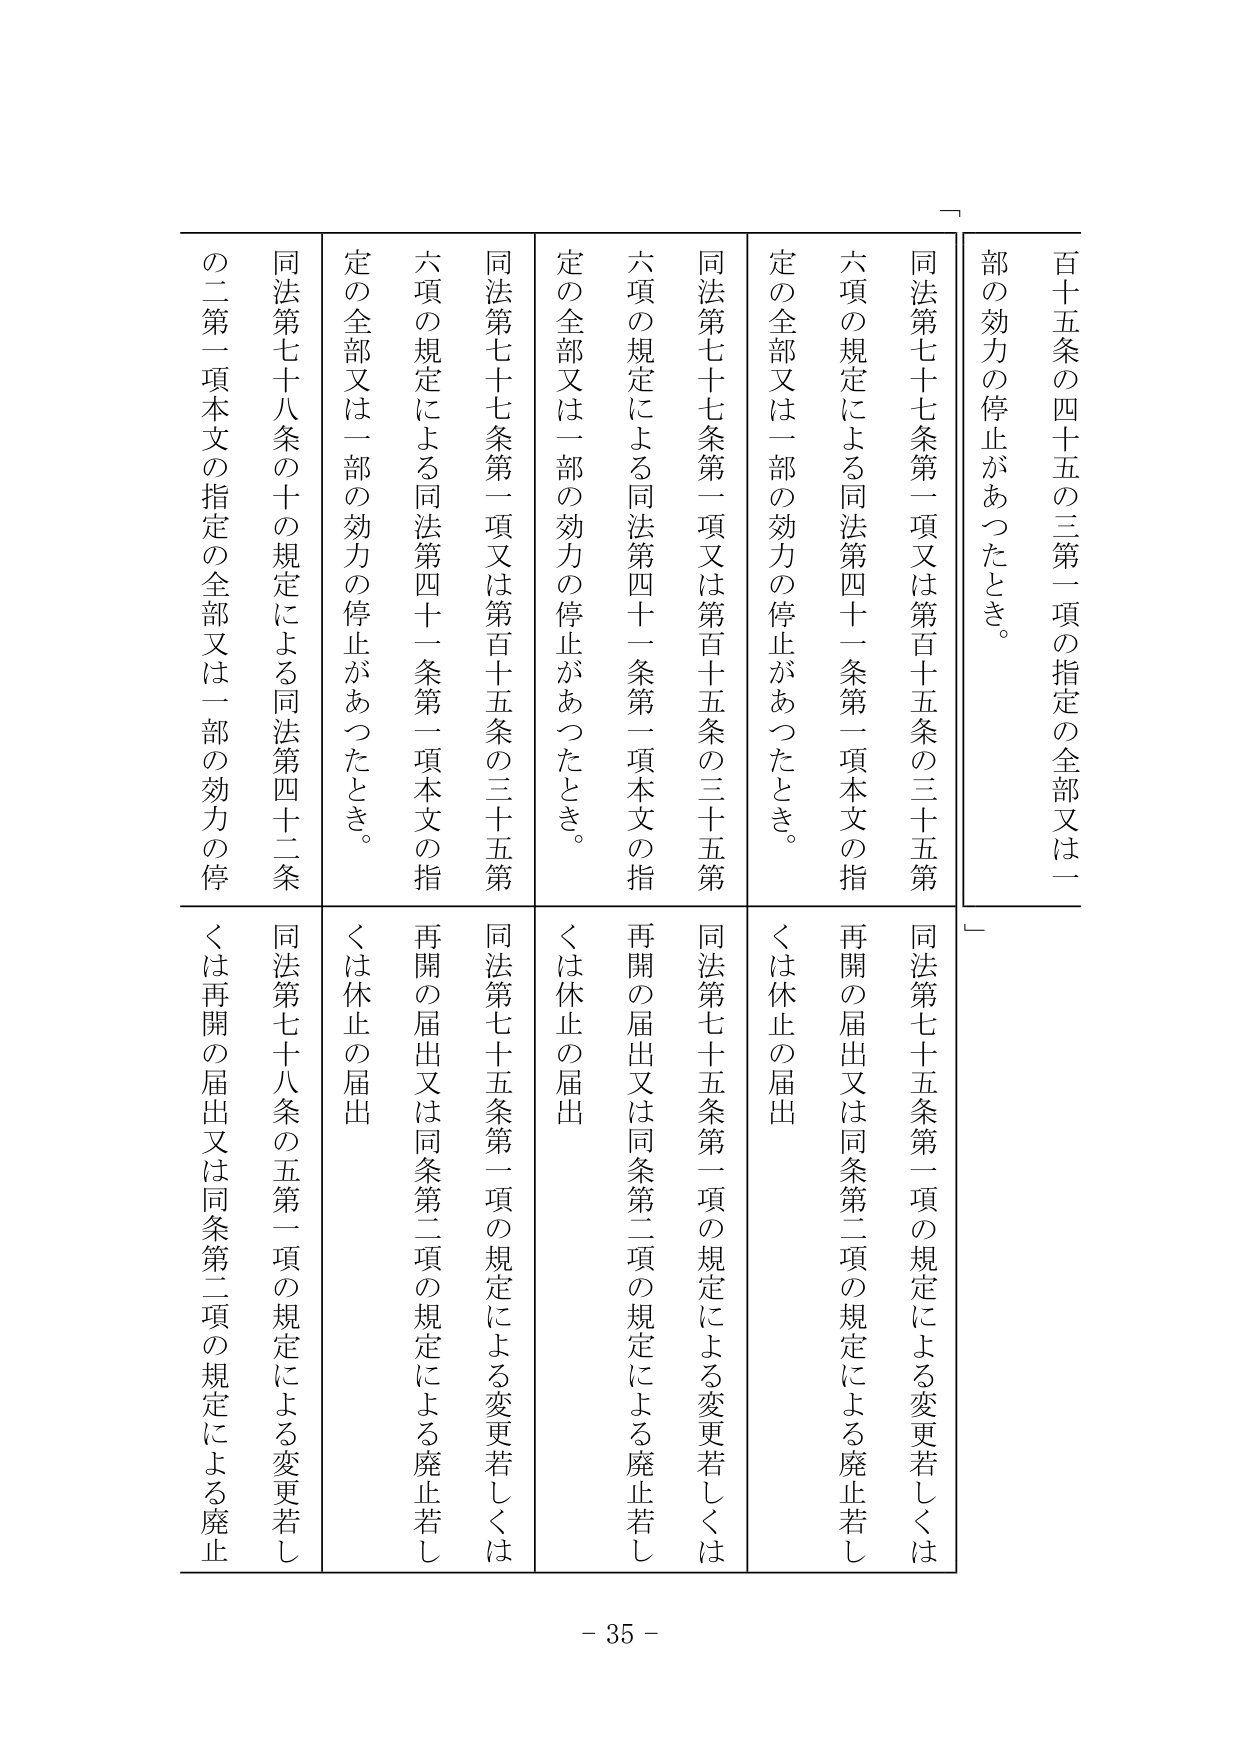
百十五条の四十五の三第一項の指定の全部又は一部の効力の停止があったとき。

同法第七十七条第一項又は第百十五条の三十五第六項の規定による同法第四十一条第一項本文の指定の全部又は一部の効力の停止があったとき。

同法第七十七条第一項又は第百十五条の三十五第六項の規定による同法第四十一条第一項本文の指定の全部又は一部の効力の停止があったとき。

同法第七十八条の十の規定による同法第四十二条の二第一項本文の指定の全部又は一部の効力の停

同法第七十五条第一項の規定による変更若しくは再開の届出又は同条第二項の規定による廃止若しくは休止の届出

同法第七十五条第一項の規定による変更若しくは再開の届出又は同条第二項の規定による廃止若しくは休止の届出

同法第七十五条第一項の規定による変更若しくは再開の届出又は同条第二項の規定による廃止若しくは休止の届出

同法第七十八条の五第一項の規定による変更若しくは再開の届出又は同条第二項の規定による廃止

- 35 -